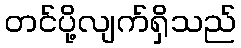
တင်ပို့လျက်ရှိသည်